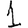
Digit: 1